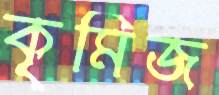
কৃমিজ